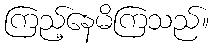
ကြည့်နေမိကြသည်။